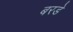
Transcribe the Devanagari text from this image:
बरडे